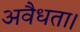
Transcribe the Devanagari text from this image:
अवैधता।